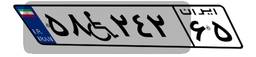
۵۸W۲۴۲۶۵